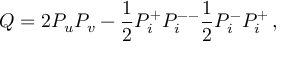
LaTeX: Q = 2 P _ { u } P _ { v } - \frac { 1 } { 2 } P _ { i } ^ { + } P _ { i } ^ { -- } \frac { 1 } { 2 } P _ { i } ^ { - } P _ { i } ^ { + } \, ,